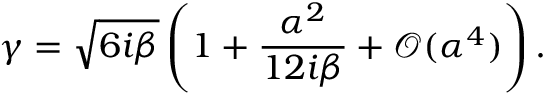
\gamma = \sqrt { 6 i \beta } \left( 1 + \frac { \alpha ^ { 2 } } { 1 2 i \beta } + \mathcal O ( \alpha ^ { 4 } ) \right) .